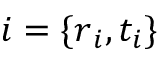
i = \{ \boldsymbol { r } _ { i } , t _ { i } \}